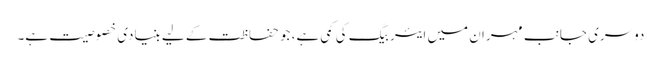
دوسری جانب مہران میں ایئربیگ کی کمی ہے، جو حفاظت کے لیے بنیادی خصوصیت ہے۔